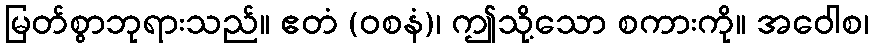
မြတ်စွာဘုရားသည်။ ဧတံ (ဝစနံ)၊ ဤသို့သော စကားကို။ အဝေါစ၊